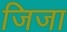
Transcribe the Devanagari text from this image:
जिजा